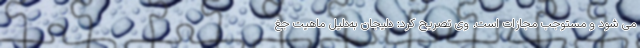
می شود و مستوجب مجازات است. وی تصریح کرد: دلیجان به‌دلیل ماهیت جغ